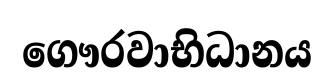
ගෞරවාභිධානය